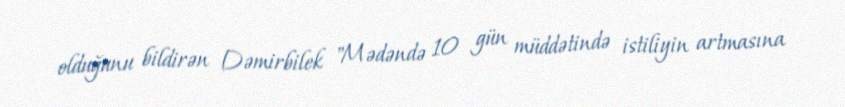
olduğunu bildirən Dəmirbilek "Mədəndə 10 gün müddətində istiliyin artmasına